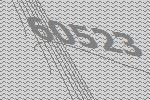
60523